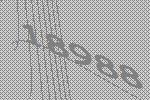
18988